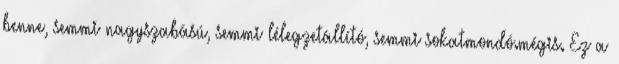
benne, semmi nagyszabású, semmi lélegzetállító, semmi sokatmondó.mégis. Ez a